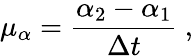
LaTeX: \mu_{\alpha}={\frac{\alpha_{2}-\alpha_{1}}{\Delta t}}\ ,